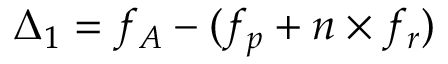
\Delta _ { 1 } = f _ { A } - ( f _ { p } + n \times f _ { r } )